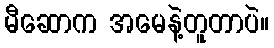
မီဆောက အမေနဲ့တူတာပဲ။